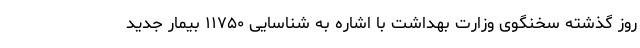
روز گذشته سخنگوی وزارت بهداشت با اشاره به شناسایی ۱۱۷۵۰ بیمار جدید